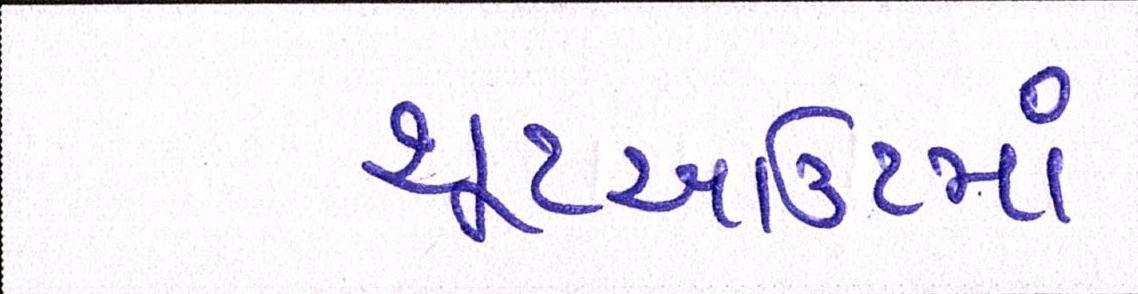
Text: શૂટઆઉટમાં